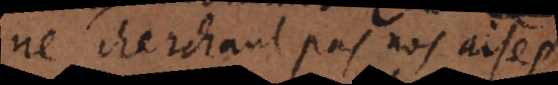
ne cherchant pas nos aises